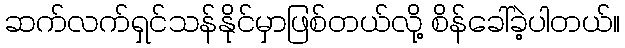
ဆက်လက်ရှင်သန်နိုင်မှာဖြစ်တယ်လို့ စိန်ခေါ်ခဲ့ပါတယ်။